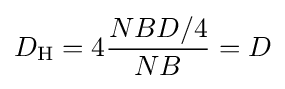
D_{\text{H}}=4{\frac {NBD/4}{NB}}=D